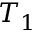
T _ { 1 }